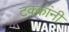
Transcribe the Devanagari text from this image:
टक्कांनी